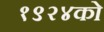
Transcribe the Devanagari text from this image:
१९२४को